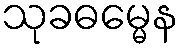
သုခဓမ္မေန